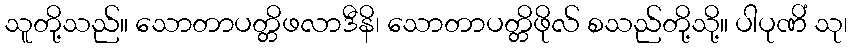
သူတို့သည်။ သောတာပတ္တိဖလာဒီနိ၊ သောတာပတ္တိဖိုလ် စသည်တို့သို့။ ပါပုဏိံ သု၊